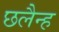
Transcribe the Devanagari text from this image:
छलैन्ह